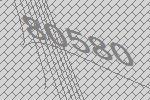
80580